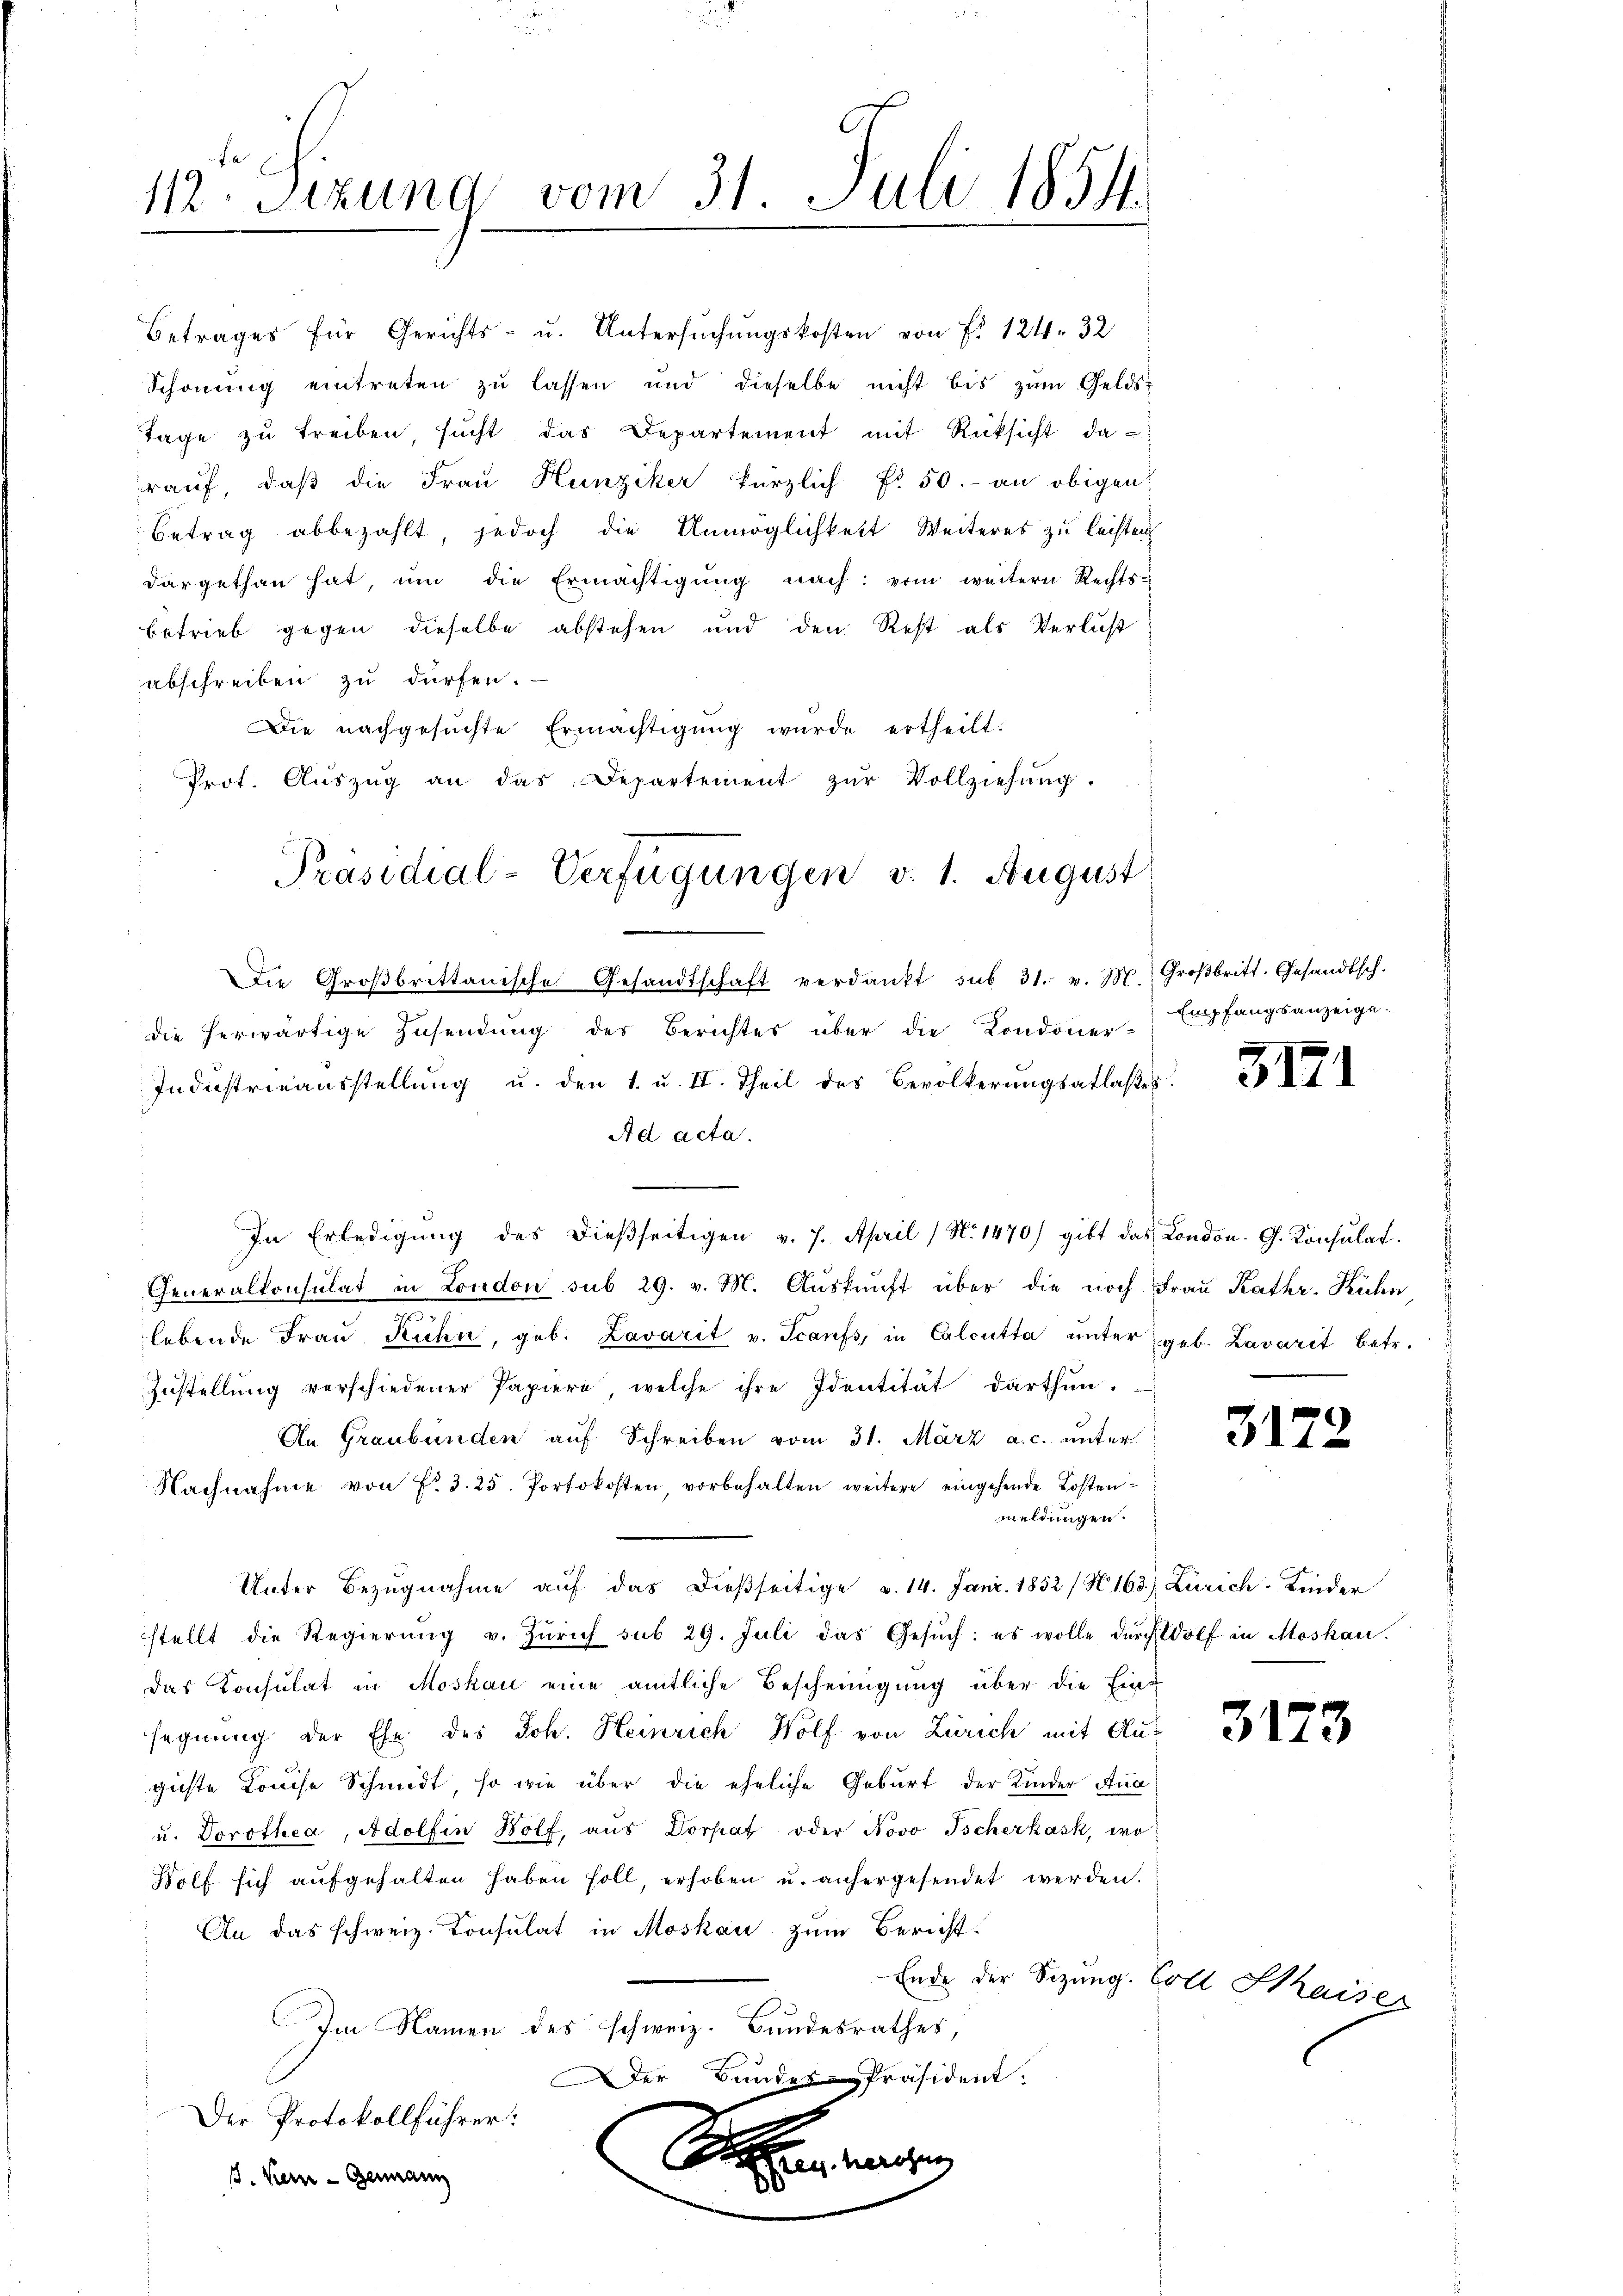
112. Sezung vom 31. Juli 1854.

Betrages für Gerichts- u. Untersuchungskosten von P. 124. 32
Schonung eintreten zu lassen und dieselbe nicht bis zum Gelds-
Tage zŭ treiben sŭcht das Departement mit Rücksicht da-
rauf, daß die Frau Hunziker kürzlich Fr. 50.- an obigen
Betrag abbezahlt, jedoch die Unmöglichkeit Weiteres zu leisten
dargethan hat, ŭm die Ermächtigŭng nach: vom weitern Rechts-
betrieb gegen dieselbe abstehen und den Rest als Verlust
abschreiben zu dürfen.
Die nachgesŭchte Ermächtigŭng wurde ertheilt.
Prot. Aŭszŭg an das Departement zŭr Vollziehŭng.
Die Großbrittanische Gesandtschaft verdankt sub 31. v. M. Groβbritt. Gesandtsch.
die herwärtige Zŭsendŭng des Berichtes über die Londoner-Empfangsanzeige-
Industrieausstellung u. den 1. u. II. Theil des Bevölkerŭngsablaßes
Ad acta.
In Erledigŭng des dießseitigen v. 7. April (N. 1470) gibt das London. G. Konsulat
Generalkonsulat in London sub 29. v. M. Aŭskŭnft über die noch Frau Kathr. Kühn
.
lebende Fraŭ Kühn, geb. Lavarit v. Scanfs, in Calcutta unter geb. Lavarit betr.
Zustellŭng verschiedener Papiere welche ihre Identität darthŭn.
An Graubünden auf Schreiben vom 31. März a. c. unter
Nachnahme von Fr. 3. 25. Portokosten, vorbehalten weitere eingehende Kostenmeldungen.
Unter Bezŭgnahme aŭf das dießseitige v. 14. Janr. 1852 (N 163) Zürich. Kinder
stellt die Regierŭng v. Zürich sub 29. Juli das Gesŭch: es wolle dŭrch Wolf in Moskau
das Konsulat in Moskau eine amtliche Bescheinigung über die Einsegnung der Ehe des Joh. Heinrich Wolf von Zürich mit Aus
giste Louise Schmidt, so wie über die eheliche Geburt der Kinder Ana
u. Dorothea, Adolfin Wolf, aus Dorpat oder Novo Tscherkask, wo
Wolf sich aufgehalten haben soll, erhoben u. anhergesendet werden.
An das schweiz. Konsulat in Moskau zum Bericht.
Ende der Sitzung. Coll Staiser
Im Namen des schweiz. Bundesrathes,
er Bundes-Präsident.
Der Protokollführer
Schen angen
s. Kern - Germann

Präsidial-Verfügungen v. 1. August

3172